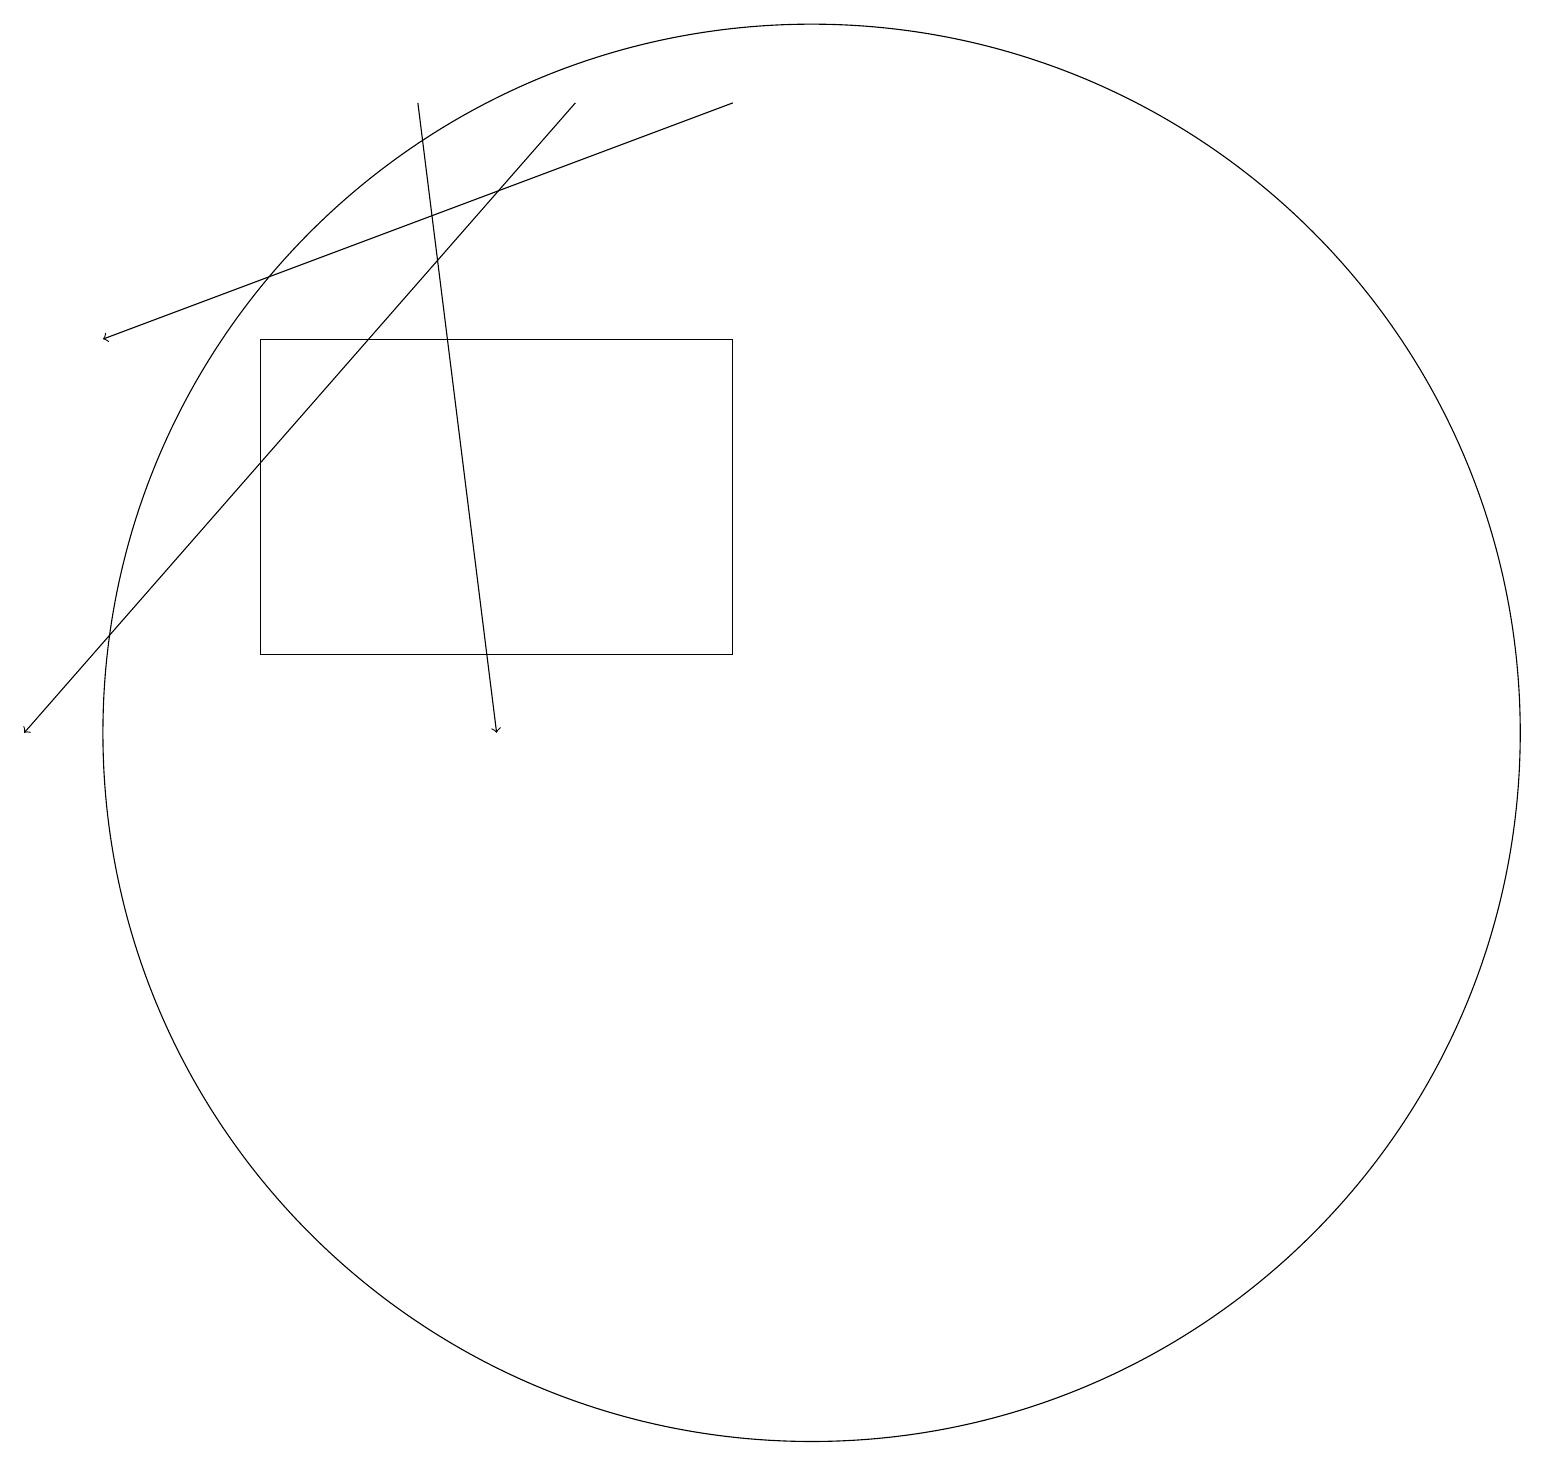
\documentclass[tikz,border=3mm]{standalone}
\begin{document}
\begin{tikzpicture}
\draw (9,12) rectangle (3,16);
\draw (10,11) circle (9);
\draw[->] (5,19) -- (6,11);
\draw[->] (9,19) -- (1,16);
\draw[->] (7,19) -- (0,11);
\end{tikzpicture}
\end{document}